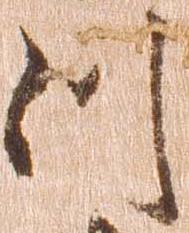
つ